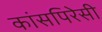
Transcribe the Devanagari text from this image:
कांसपिरेसी